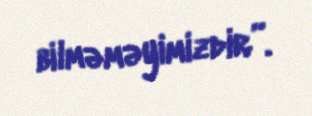
bilməməyimizdir”.